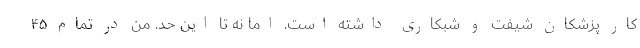
کار پزشکان شیفت و شبکاری داشته است. اما نه تا این حد. من در تمام ۴۵